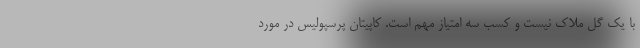
با یک گل ملاک نیست و کسب سه امتیاز مهم است. کاپیتان پرسپولیس در مورد